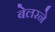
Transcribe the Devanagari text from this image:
बेलरने